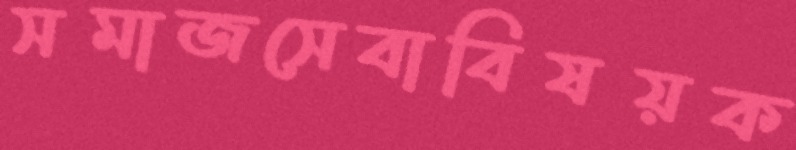
সমাজসেবাবিষয়ক